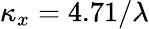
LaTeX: \kappa_{x}=4.71/\lambda